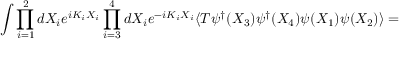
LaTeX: \int \prod _ { i = 1 } ^ { 2 } d X _ { i } e ^ { i K _ { i } X _ { i } } \prod _ { i = 3 } ^ { 4 } d X _ { i } e ^ { - i K _ { i } X _ { i } } \langle T \psi _ { } ^ { \dagger } ( X _ { 3 } ) \psi _ { } ^ { \dagger } ( X _ { 4 } ) \psi _ { } ( X _ { 1 } ) \psi _ { } ( X _ { 2 } ) \rangle =